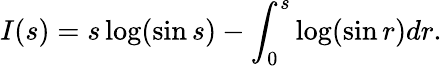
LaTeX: I(s)=s\log(\sin s)-\int_{0}^{s}\log(\sin r)dr.